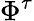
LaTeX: \Phi^{\tau}